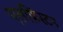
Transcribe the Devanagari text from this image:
एलफ़िंस्टन